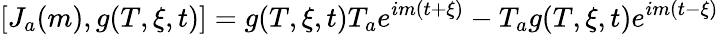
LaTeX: [J_{a}(m),g(T,\xi,t)]=g(T,\xi,t)T_{a}e^{im(t+\xi)}-T_{a}g(T,\xi,t)e^{im(t-\xi)}